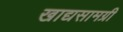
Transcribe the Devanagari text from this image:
खाद्यसामग्री